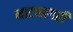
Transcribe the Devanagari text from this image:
नाट्यप्रगती